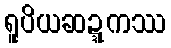
ရူပိယဆဍ္ဍကဿ